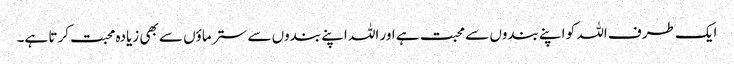
ایک طرف اللہ کو اپنے بندوں سے محبت ہے اور اللہ اپنے بندوں سے ستر ماؤں سے بھی زیادہ محبت کرتا ہے۔